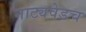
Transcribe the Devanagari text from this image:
नाट्यवेडच